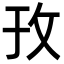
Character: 㪀